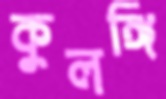
কুলঙ্গি